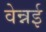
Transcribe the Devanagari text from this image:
वेन्नई